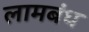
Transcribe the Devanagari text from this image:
लामबंध